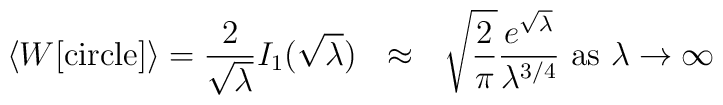
\langle W[{\rm circle}] \rangle= \frac{2}{\sqrt{\lambda}}I_1(\sqrt{\lambda})~~\approx~~\sqrt{\frac{2}{\pi}}\frac{e^{\sqrt{\lambda}}}{\lambda^{3/4} } ~{\rm as}~\lambda\to\infty